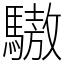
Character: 䮯